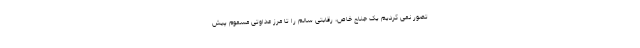
تصور نمی کردیم یک جناح خاص، رقابتی سالم را تا مرز عداوتی مسموم پیش